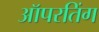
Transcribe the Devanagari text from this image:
ऑपरतिंग